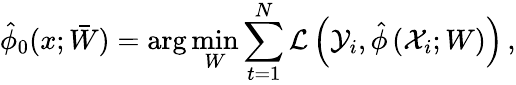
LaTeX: \hat{\phi}_{0}(x;\bar{W})=\arg\operatorname*{min}_{W}\sum_{t=1}^{N}\mathcal{L}\left(\mathcal{Y}_{i},\hat{\phi}\left(\mathcal{X}_{i};W\right)\right)\, ,